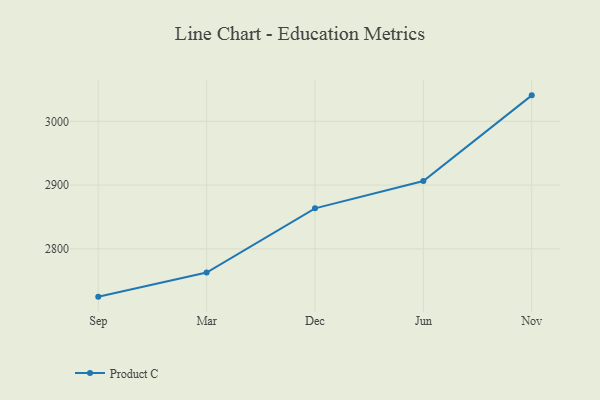
{"axis": {"x": "Month", "y": "Net Income (USD K)"}, "legend": ["Product C"], "data": [{"x": "Sep", "y": 2725.1, "type": "Product C"}, {"x": "Mar", "y": 2762.8, "type": "Product C"}, {"x": "Dec", "y": 2863.6, "type": "Product C"}, {"x": "Jun", "y": 2906.3, "type": "Product C"}, {"x": "Nov", "y": 3040.7, "type": "Product C"}]}